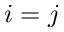
i = j